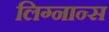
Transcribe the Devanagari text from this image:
लिग्नान्स